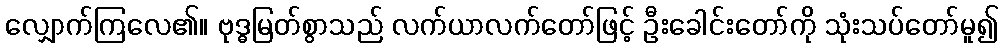
လျှောက်ကြလေ၏။ ဗုဒ္ဓမြတ်စွာသည် လက်ယာလက်တော်ဖြင့် ဦးခေါင်းတော်ကို သုံးသပ်တော်မူ၍